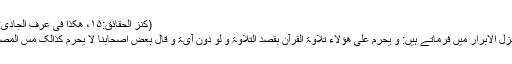
(کنز الحقائق:۱۵، ھکذا فی عرف الجادی:۸۵)
نیز نزل الابرار میں فرماتے ہیں: و یحرم علی ھؤلاء تلاوۃ القرآن بقصد التلاوۃ و لو دون آیۃ و قال بعض اصحابنا لا یحرم کذالک مس المصحف۔